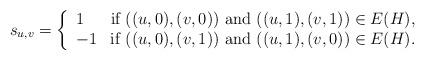
LaTeX: \begin{align*}s_{u,v}=\left\{ \begin{array}{ll} 1 & \mbox{if}\ ((u,0),(v,0))\ \mbox{and} \ ((u,1),(v,1))\in E(H), \\-1 & \mbox{if}\ ((u,0),(v,1))\ \mbox{and} \ ((u,1),(v,0))\in E(H). \\\end{array} \right. \end{align*}